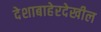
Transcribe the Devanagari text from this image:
देशाबाहेरदेखील